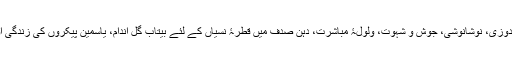
یہ کہانی ہم کناریِ جاناں سے لطف اندوزی، نوشانوشی، جوش و شہوت، ولولۂ مباشرت، دہنِ صدف میں قطرۂ نسیاں کے لئے بیتاب گل اندام، یاسمین پیکروں کی زندگی اور ہنگامۂ صحبتِ طرفین کا بیان ہے۔